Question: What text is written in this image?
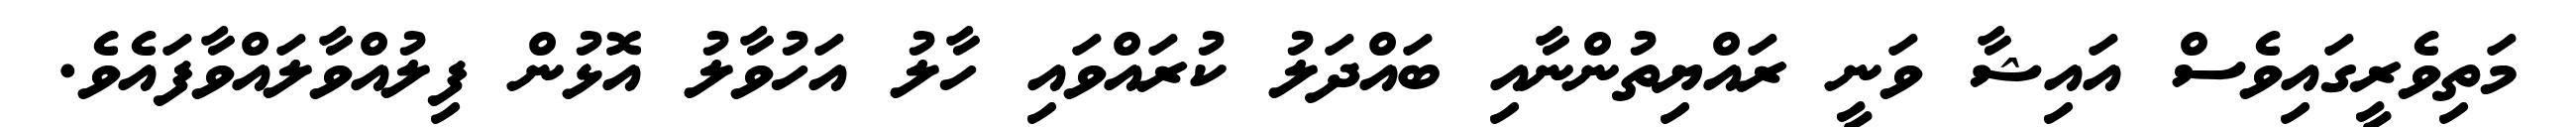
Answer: މަތިވެރީގައިވެސް އައިޝާ ވަނީ ރައްޔިތުންނާއި ބައްދަލު ކުރައްވައި ހާލު އަހުވާލު އޮޅުން ފިލުއްވާލައްވާފައެވެ.